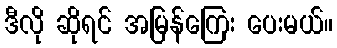
ဒီလို ဆိုရင် အမြန်ကြေး ပေးမယ်။